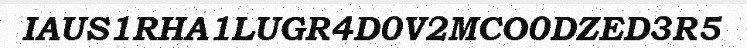
IAUS1RHA1LUGR4D0V2MCO0DZED3R5